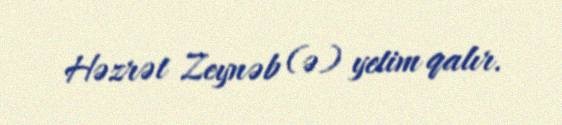
Həzrət Zeynəb (ə) yetim qalır.